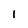
Character: i